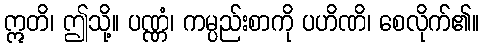
ဣတိ၊ ဤသို့။ ပဏ္ဏံ၊ ကမ္ပည်းစာကို ပဟိဏိ၊ စေလိုက်၏။